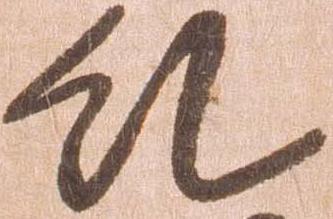
糺